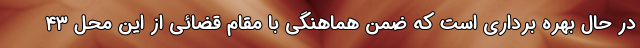
در حال بهره برداری است که ضمن هماهنگی با مقام قضائی از این محل ۴۳